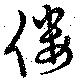
僂